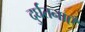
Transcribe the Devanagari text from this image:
दुर्घतनाएँ